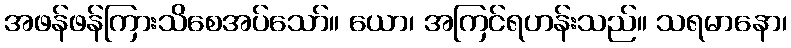
အဖန်ဖန်ကြားသိစေအပ်သော်။ ယော၊ အကြင်ရဟန်းသည်။ သရမာနော၊